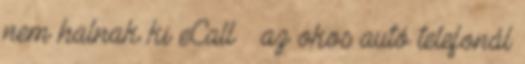
nem halnak ki eCall – az okos autó telefonál